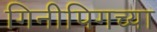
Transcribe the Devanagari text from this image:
गिनीपिगच्या